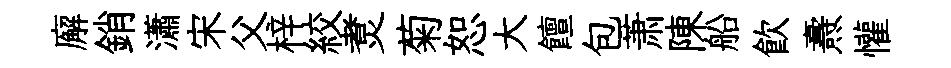
廨銷瀟宋父梓絞煑菊恕大饘包萧陳船飮燾懽